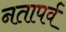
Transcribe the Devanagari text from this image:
नतापर्व